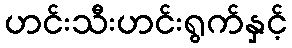
ဟင်းသီးဟင်းရွက်နှင့်